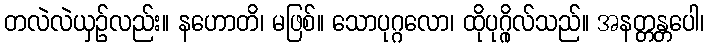
တလဲလဲယှဉ်လည်း။ နဟောတိ၊ မဖြစ်။ သောပုဂ္ဂလော၊ ထိုပုဂ္ဂိုလ်သည်။ အနတ္တန္တပေါ၊